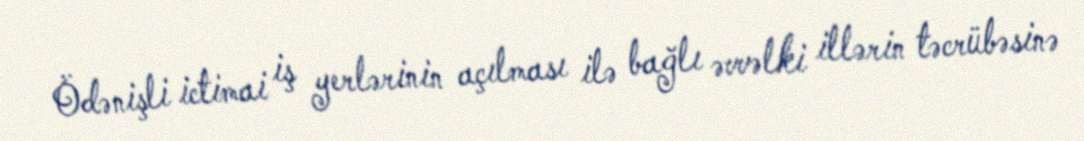
Ödənişli ictimai iş yerlərinin açılması ilə bağlı əvvəlki illərin təcrübəsinə